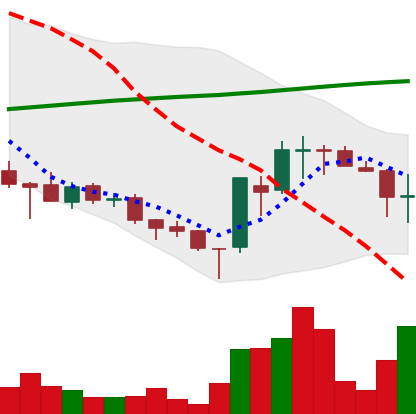
Ticker: EOS-USD
Chart end date: 2018-03-27
Forward return: -4.192%
Label: down_3_5